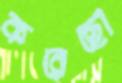
করেছো